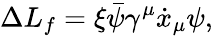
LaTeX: \Delta L_{f}=\xi\bar{\psi}\gamma^{\mu}\dot{x}_{\mu}\psi,